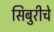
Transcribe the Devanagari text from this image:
सिबुरीचे